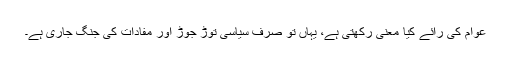
عوام کی رائے کیا معنی رکھتی ہے، یہاں تو صرف سیاسی توڑ جوڑ اور مفادات کی جنگ جاری ہے۔